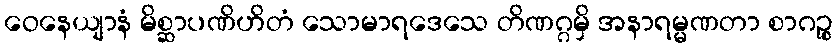
ဝေနေယျာနံ မိစ္ဆာပဏိဟိတံ သောမာရဒေသေ တိဏဂ္ဂမှိ အနာရမ္မဏတာ စာဂဉ္စ